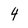
Character: 4